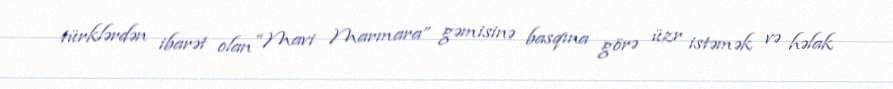
türklərdən ibarət olan “Mavi Marmara” gəmisinə basqına görə üzr istəmək və həlak